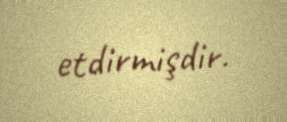
etdirmişdir.